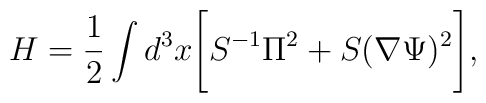
H=\frac{1}{2} \int  d^3 x \Biggl[  S^{-1} \Pi^2 +S (\nabla\Psi)^2\Biggr],